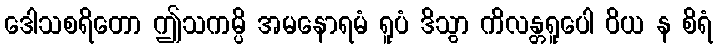
ဒေါသစရိတော ဤသကမ္ပိ အမနောရမံ ရူပံ ဒိသွာ ကိလန္တရူပေါ ဝိယ န စိရံ